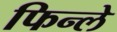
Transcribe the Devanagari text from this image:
फिन्ले